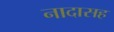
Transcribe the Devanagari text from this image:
नादासह